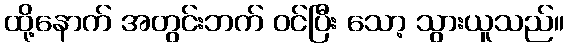
ထို့နောက် အတွင်းဘက် ဝင်ပြီး သော့ သွားယူသည်။